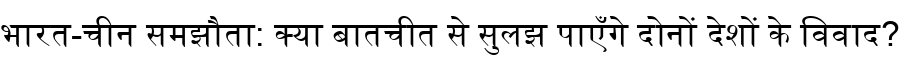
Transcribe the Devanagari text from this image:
भारत-चीन समझौता: क्या बातचीत से सुलझ पाएँगे दोनों देशों के विवाद?